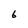
Character: 6